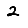
Digit: 2